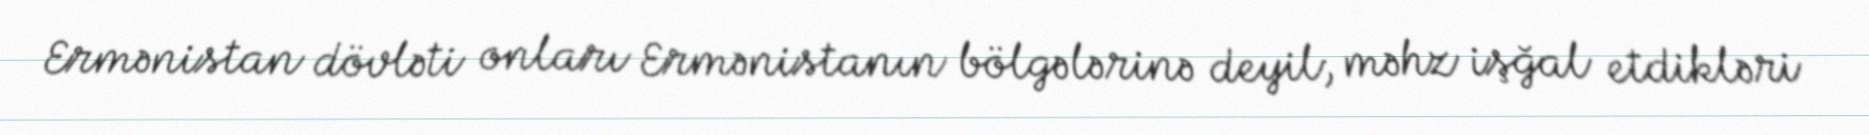
Ermənistan dövləti onları Ermənistanın bölgələrinə deyil, məhz işğal etdikləri